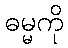
ဓမ္မကို